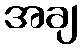
အချ